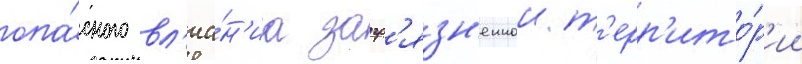
опа́сного вл'иа́н'иа загр'язн'еннои т'ерр'ито́р'ии